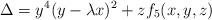
LaTeX: \begin{align*} \Delta=y^4(y-\lambda x)^2+zf_5(x,y,z)\end{align*}